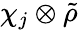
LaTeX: \chi_{j}\otimes{\tilde{\rho}}